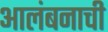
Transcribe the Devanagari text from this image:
आलंबनाची